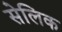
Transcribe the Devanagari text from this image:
सेलिक